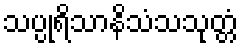
သပ္ပုရိသာနိသံသသုတ္တံ